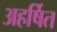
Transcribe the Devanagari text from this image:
अहर्षित